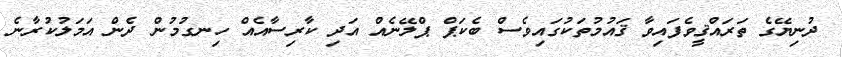
ދުނިޔޭގެ ތަރައްޤީވެފައިވާ ޤައުމުތަކުގައިވެސް ބެކަޕް ޕްލޭނެއް އަދި ކާރިސާއެއް ހިނގުމުން ދެން އަމަލުކުރާނެ